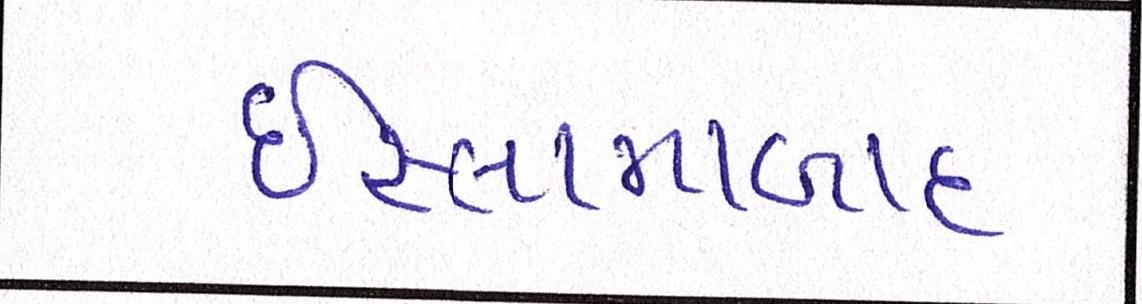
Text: ઇસ્લામાબાદ